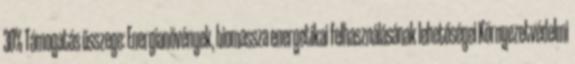
30% Támogatás összege: Energianövények, biomassza energetikai felhasználásának lehetőségei Környezetvédelmi